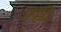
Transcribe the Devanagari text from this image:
प्रवृद्धि